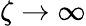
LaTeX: \zeta\rightarrow\infty